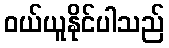
ဝယ်ယူနိုင်ပါသည်